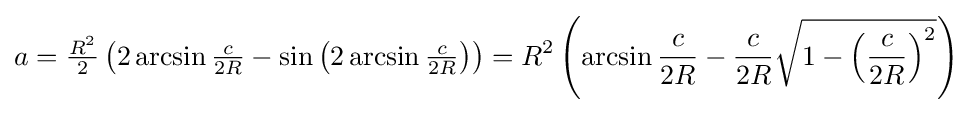
a={\tfrac {R^{2}}{2}}\left(2\arcsin {\tfrac {c}{2R}}-\sin \left(2\arcsin {\tfrac {c}{2R}}\right)\right)=R^{2}\left(\arcsin {\frac {c}{2R}}-{\frac {c}{2R}}{\sqrt {1-\left({\frac {c}{2R}}\right)^{2}}}\right)